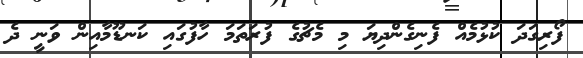
ފޯރިގަދަ ކުޅުމެއް ފެނިގެންދިޔަ މި މެޗުގެ ފުރަތަމަ ހާފުގައި ކަނޑޫމާއިން ވަނީ ދެ